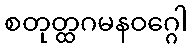
စတုတ္ထဂမနဝဂ္ဂေါ